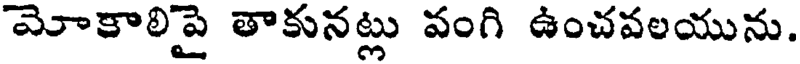
మోకాలిపై తాకునట్లు వంగి ఉంచవలయును.